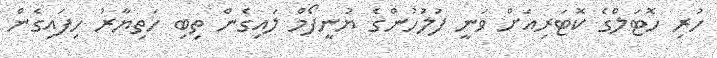
ހުރި ހޮޓަލްގެ ކޮޓަރިއަށް ވަނީ ފުލުހުންގެ ޔުނީފޯމް ލައިގެން ތިބި ހަތިޔާރު ހިފައިގެން